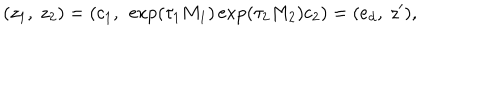
LaTeX: ( z _ { 1 } , \ z _ { 2 } ) = ( c _ { 1 } , \ \exp ( \tau _ { 1 } M _ { 1 } ) \exp ( \tau _ { 2 } M _ { 2 } ) c _ { 2 } ) = ( e _ { d } , \ z ^ { \prime } ) ,